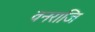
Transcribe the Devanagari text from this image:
वनराजि